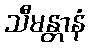
သီမန္တာနံ